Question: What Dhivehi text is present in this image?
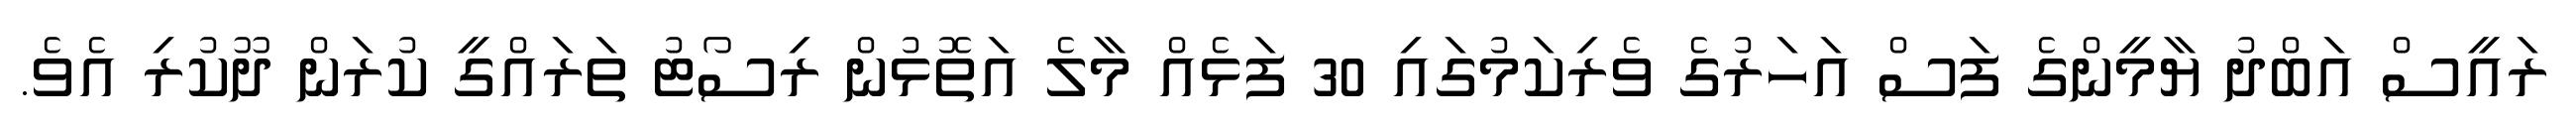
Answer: ރައީސް އަބްދު ޔާމީންގެ ފަސް އަހަރުގެ ވެރިކަމުގައި 30 ފަޅެއް މާލެ އަތޮޅުން ރިސޯޓު ތަރައްގީ ކުރަން ދޫކުރި އެވެ.